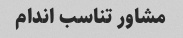
مشاور تناسب اندام